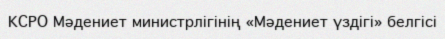
КСРО Мәдениет министрлігінің «Мәдениет үздігі» белгісі